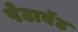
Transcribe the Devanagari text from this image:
पेटावॅट